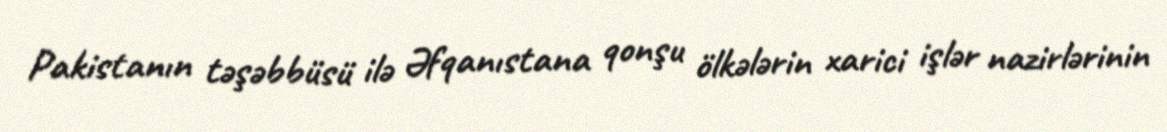
Pakistanın təşəbbüsü ilə Əfqanıstana qonşu ölkələrin xarici işlər nazirlərinin